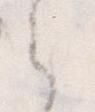
々